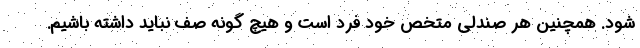
شود. همچنین هر صندلی متخص خود فرد است و هیچ گونه صف نباید داشته باشیم.